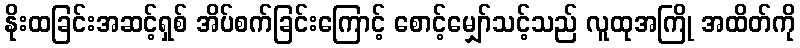
နိုးထခြင်းအဆင့်ရှစ် အိပ်စက်ခြင်းကြောင့် စောင့်မျှော်သင့်သည် လူထုအကြို အထိတ်ကို